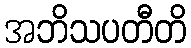
အဘိသပတီတိ